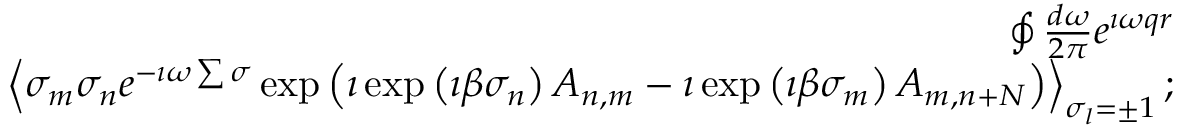
\begin{array} { r l r } & { } & { \oint \frac { d \omega } { 2 \pi } e ^ { \imath \omega q r } } \\ & { } & { \left\langle \sigma _ { m } \sigma _ { n } e ^ { - \imath \omega \sum \sigma } \exp \left( \imath \exp \left( \imath \beta \sigma _ { n } \right) A _ { n , m } - \imath \exp \left( \imath \beta \sigma _ { m } \right) A _ { m , n + N } \right) \right\rangle _ { \sigma _ { l } = \pm 1 } ; } \end{array}